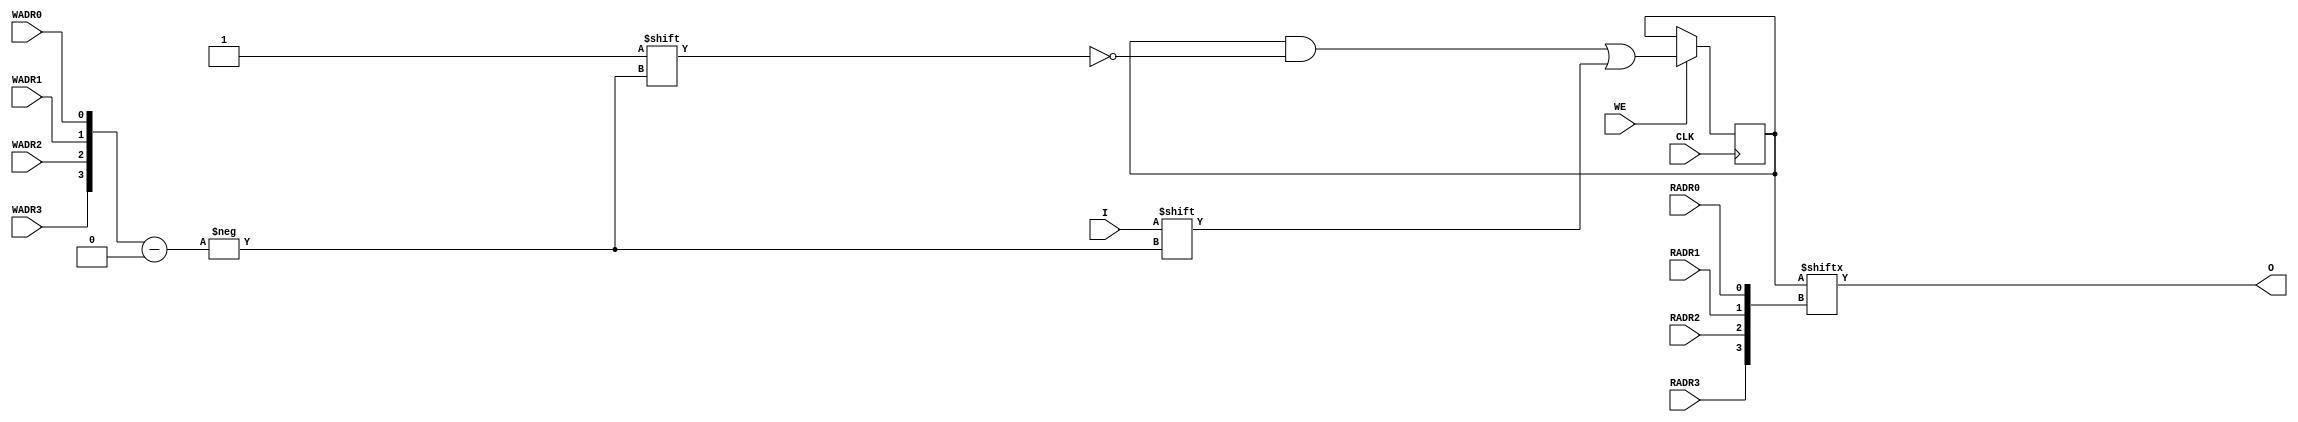
//    Xilinx Proprietary Primitive Cell X_RAMD16 for Verilog
//
// $Header: /devl/xcs/repo/env/Databases/CAEInterfaces/verplex_libs/data/simprims/X_RAMD16.v,v 1.3.198.3 2004/09/28 20:47:46 wloo Exp $
//

//`celldefine
`timescale 1 ps/1 ps

module X_RAMD16 (O, CLK, I, RADR0, RADR1, RADR2, RADR3, WADR0, WADR1, WADR2, WADR3, WE);

  parameter INIT = 16'h0000;

  output O;
  input I, CLK, WE, WADR0, WADR1, WADR2, WADR3, RADR0, RADR1, RADR2, RADR3;

  reg [15:0] mem;
  wire [3:0] wadr;
  wire [3:0] radr;
  wire in, we, clk;
  reg o_out;

  buf b1 (in, I);
  buf b2 (clk, CLK);
  buf b3 (we ,WE);
  buf b4 (wadr[3],WADR3);
  buf b5 (wadr[2],WADR2);
  buf b6 (wadr[1],WADR1);
  buf b7 (wadr[0],WADR0);
  buf b8 (radr[3],RADR3);
  buf b9 (radr[2],RADR2);
  buf bA (radr[1],RADR1);
  buf bB (radr[0],RADR0);
  buf bC (O, o_out);

// synopsys translate_off
  initial begin
    mem <= INIT;
  end
// synopsys translate_on

  always @(posedge clk) begin
    if (we == 1'b1)
      mem[wadr] <= in;
  end

  always @(mem or radr) begin
    o_out <= mem[radr];
  end

endmodule